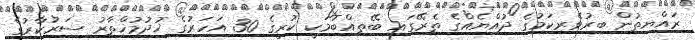
ރައްޔިތުން ބިރުވެރިކަމުގެ ދުއްޔެއްގެ ތެރޭގައި ބޭތިއްބުމަކީ ކުރީގެ 30 އަހަރުގެ ޚުދުމުޚްތާރު ސަރުކާރުގެ